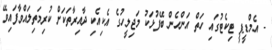
- އެމްޑީޕީ ޓިކެޓުގައި ހަތް އަންހެން ބޭފުޅަކު މަޖިލީހުގެ އެކިއެކި ދާއިރާތަކަށް ކުރިމަތިލައްވާފައިވޭ